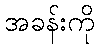
အခန်းကို